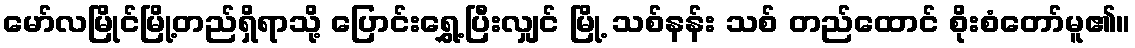
မော်လမြိုင်မြို့တည်ရှိရာသို့ ပြောင်းရွှေ့ပြီးလျှင် မြို့ သစ်နန်း သစ် တည်ထောင် စိုးစံတော်မူ၏။